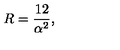
R = \frac { 1 2 } { \alpha ^ { 2 } } ,